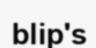
blip's